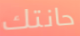
حانتك